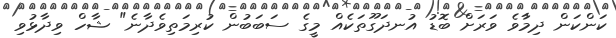
ކަންކަން ދިމާވެ ވަރަށް ބޮޑު އުނދަގޫތަކެއް މީގެ ސަބަބުން ކުރިމަތިވެދާނެ" ޝާހް ވިދާޅުވި